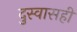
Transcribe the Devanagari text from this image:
दुस्वासही